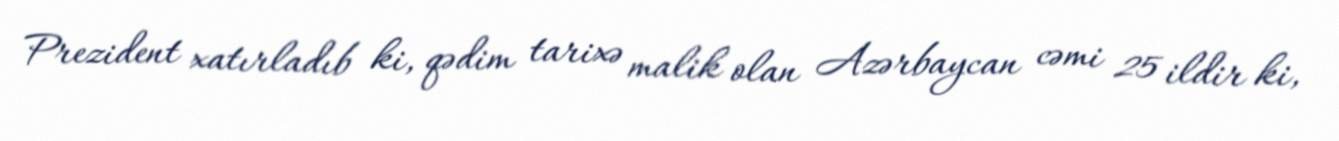
Prezident xatırladıb ki, qədim tarixə malik olan Azərbaycan cəmi 25 ildir ki,